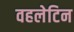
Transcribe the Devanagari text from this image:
वहलेटिन